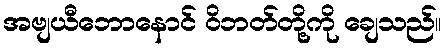
အဗျယီဘောနောင် ဝိဘတ်တို့ကို ချေသည်။